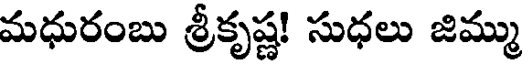
మధురంబు శ్రీకృష్ణ! సుధలు జిమ్ము